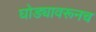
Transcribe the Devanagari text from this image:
घोड्यावरूनच